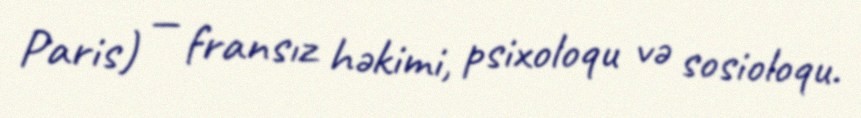
Paris) — fransız həkimi, psixoloqu və sosioloqu.